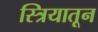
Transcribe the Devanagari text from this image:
स्त्रियातून